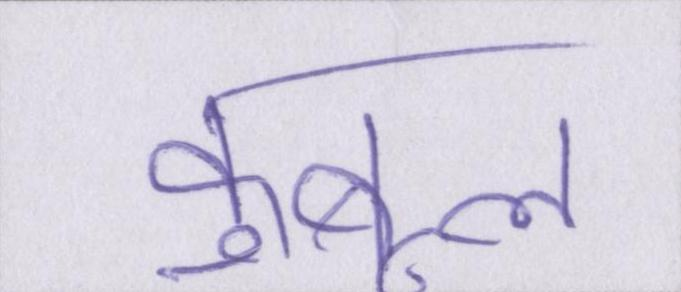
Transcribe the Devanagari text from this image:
कुबूल